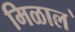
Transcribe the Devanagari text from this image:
मिळाल॓